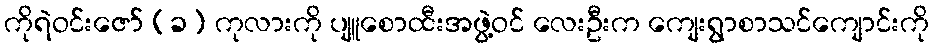
ကိုရဲဝင်းဇော် (ခ) ကုလားကို ပျူစောထီးအဖွဲ့ဝင် လေးဦးက ကျေးရွာစာသင်ကျောင်းကို